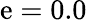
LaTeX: \mathrm{e}=0.0